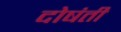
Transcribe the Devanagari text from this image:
दोषंती